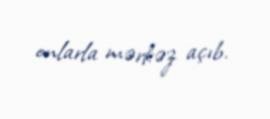
onlarla mərkəz açıb.